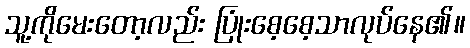
သူ့ကိုမေးတော့လည်း ပြုံးစေ့စေ့သာလုပ်နေ၏။